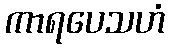
ကာရပေသဟံ